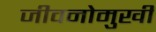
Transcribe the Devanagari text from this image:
जीवनोमुखी